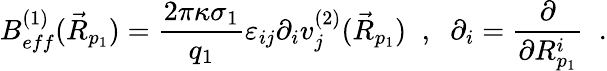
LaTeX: B_{eff}^{(1)}(\vec{R}_{p_{1}})=\frac{2\pi\kappa\sigma_{1}}{q_{1}}\varepsilon_{ij}\partial_{i}v_{j}^{(2)}(\vec{R}_{p_{1}})\; \; ,\; \; \partial_{i}=\frac{\partial}{\partial R_{p_{1}}^{i}}\; \; .